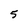
Character: 5